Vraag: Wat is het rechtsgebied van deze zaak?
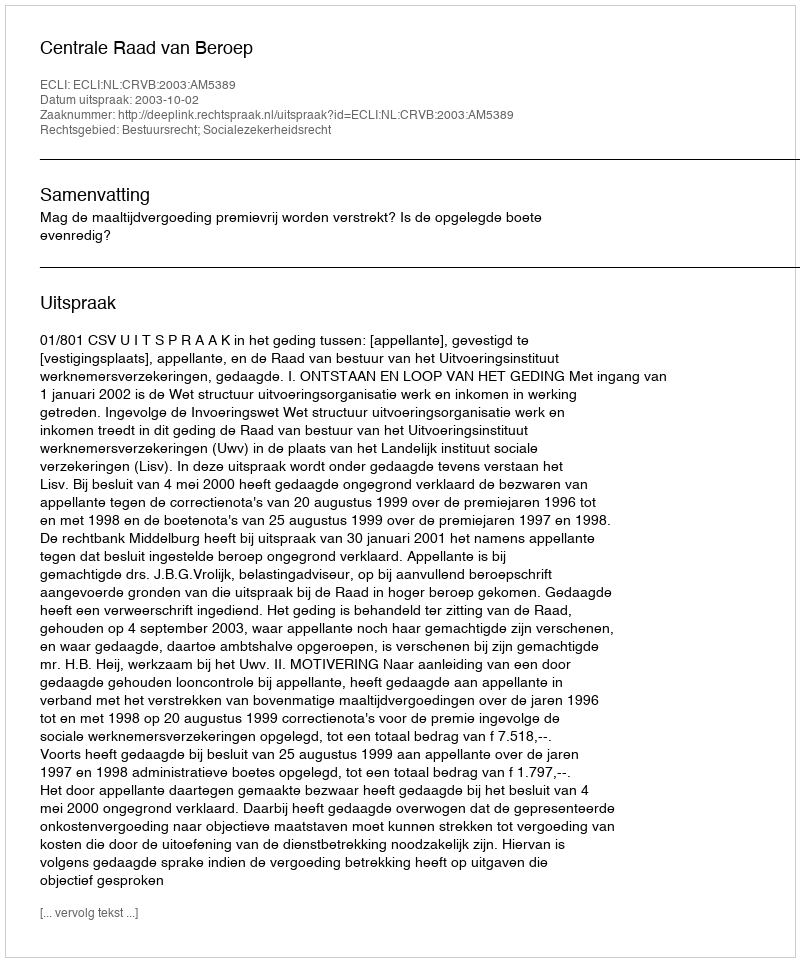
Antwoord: Bestuursrecht; Socialezekerheidsrecht